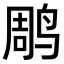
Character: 𫛲